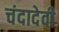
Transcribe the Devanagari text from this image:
चंदादेवी